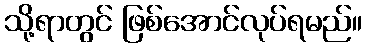
သို့ရာတွင် ဖြစ်အောင်လုပ်ရမည်။